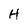
Character: H